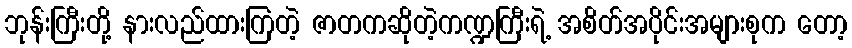
ဘုန်းကြီးတို့ နားလည်ထားကြတဲ့ ဇာတကဆိုတဲ့ကဏ္ဍကြီးရဲ့ အစိတ်အပိုင်းအများစုက တော့